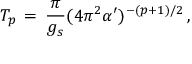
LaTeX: T _ { p } \, = \, { \frac { \pi } { g _ { s } } } ( 4 \pi ^ { 2 } \alpha ^ { \prime } ) ^ { - ( p + 1 ) / 2 } \, ,